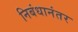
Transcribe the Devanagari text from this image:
निबंधानंतर